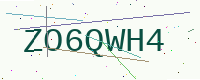
Text: ZO6QWH4